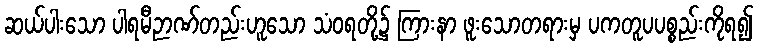
ဆယ်ပါးသော ပါရမီဉာဏ်တည်းဟူသော သံဝရတို့၌ ကြားနာ ဖူးသောတရားမှ ပကတူပပစ္စည်းကိုရ၍